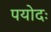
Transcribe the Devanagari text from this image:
पयोदः